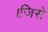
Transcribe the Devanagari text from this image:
।जिसे